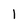
Character: 1